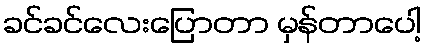
ခင်ခင်လေးပြောတာ မှန်တာပေါ့